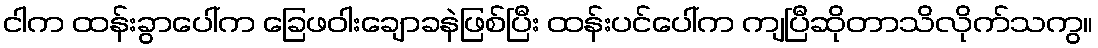
ငါက ထန်းခွာပေါ်က ခြေဖဝါးချောခနဲဖြစ်ပြီး ထန်းပင်ပေါ်က ကျပြီဆိုတာသိလိုက်သကွ။